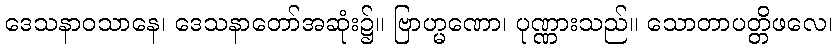
ဒေသနာဝသာနေ၊ ဒေသနာတော်အဆုံး၌။ ဗြာဟ္မဏော၊ ပုဏ္ဏားသည်။ သောတာပတ္တိဖလေ၊